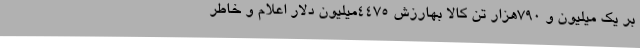
بر یک میلیون و 790هزار تن کالا بهارزش 4475میلیون دلار اعلام و خاطر